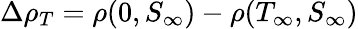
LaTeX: \Delta\rho_{T}=\rho(0,S_{\infty})-\rho(T_{\infty},S_{\infty})